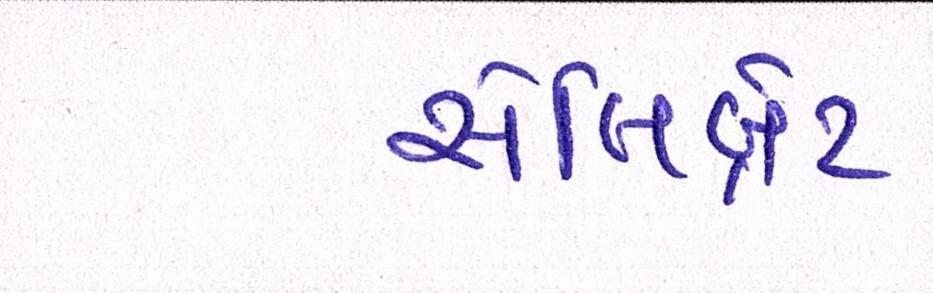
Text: સેલિબ્રેટ